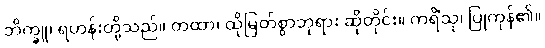
ဘိက္ခူ၊ ရဟန်းတို့သည်။ တထာ၊ ထိုမြတ်စွာဘုရား ဆိုတိုင်း။ ကရိံသု၊ ပြုကုန်၏။